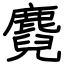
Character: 麑